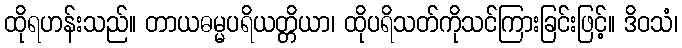
ထိုရဟန်းသည်။ တာယဓမ္မပရိယတ္တိယာ၊ ထိုပရိသတ်ကိုသင်ကြားခြင်းဖြင့်။ ဒိဝသံ၊